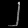
Digit: ၂